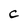
Character: c